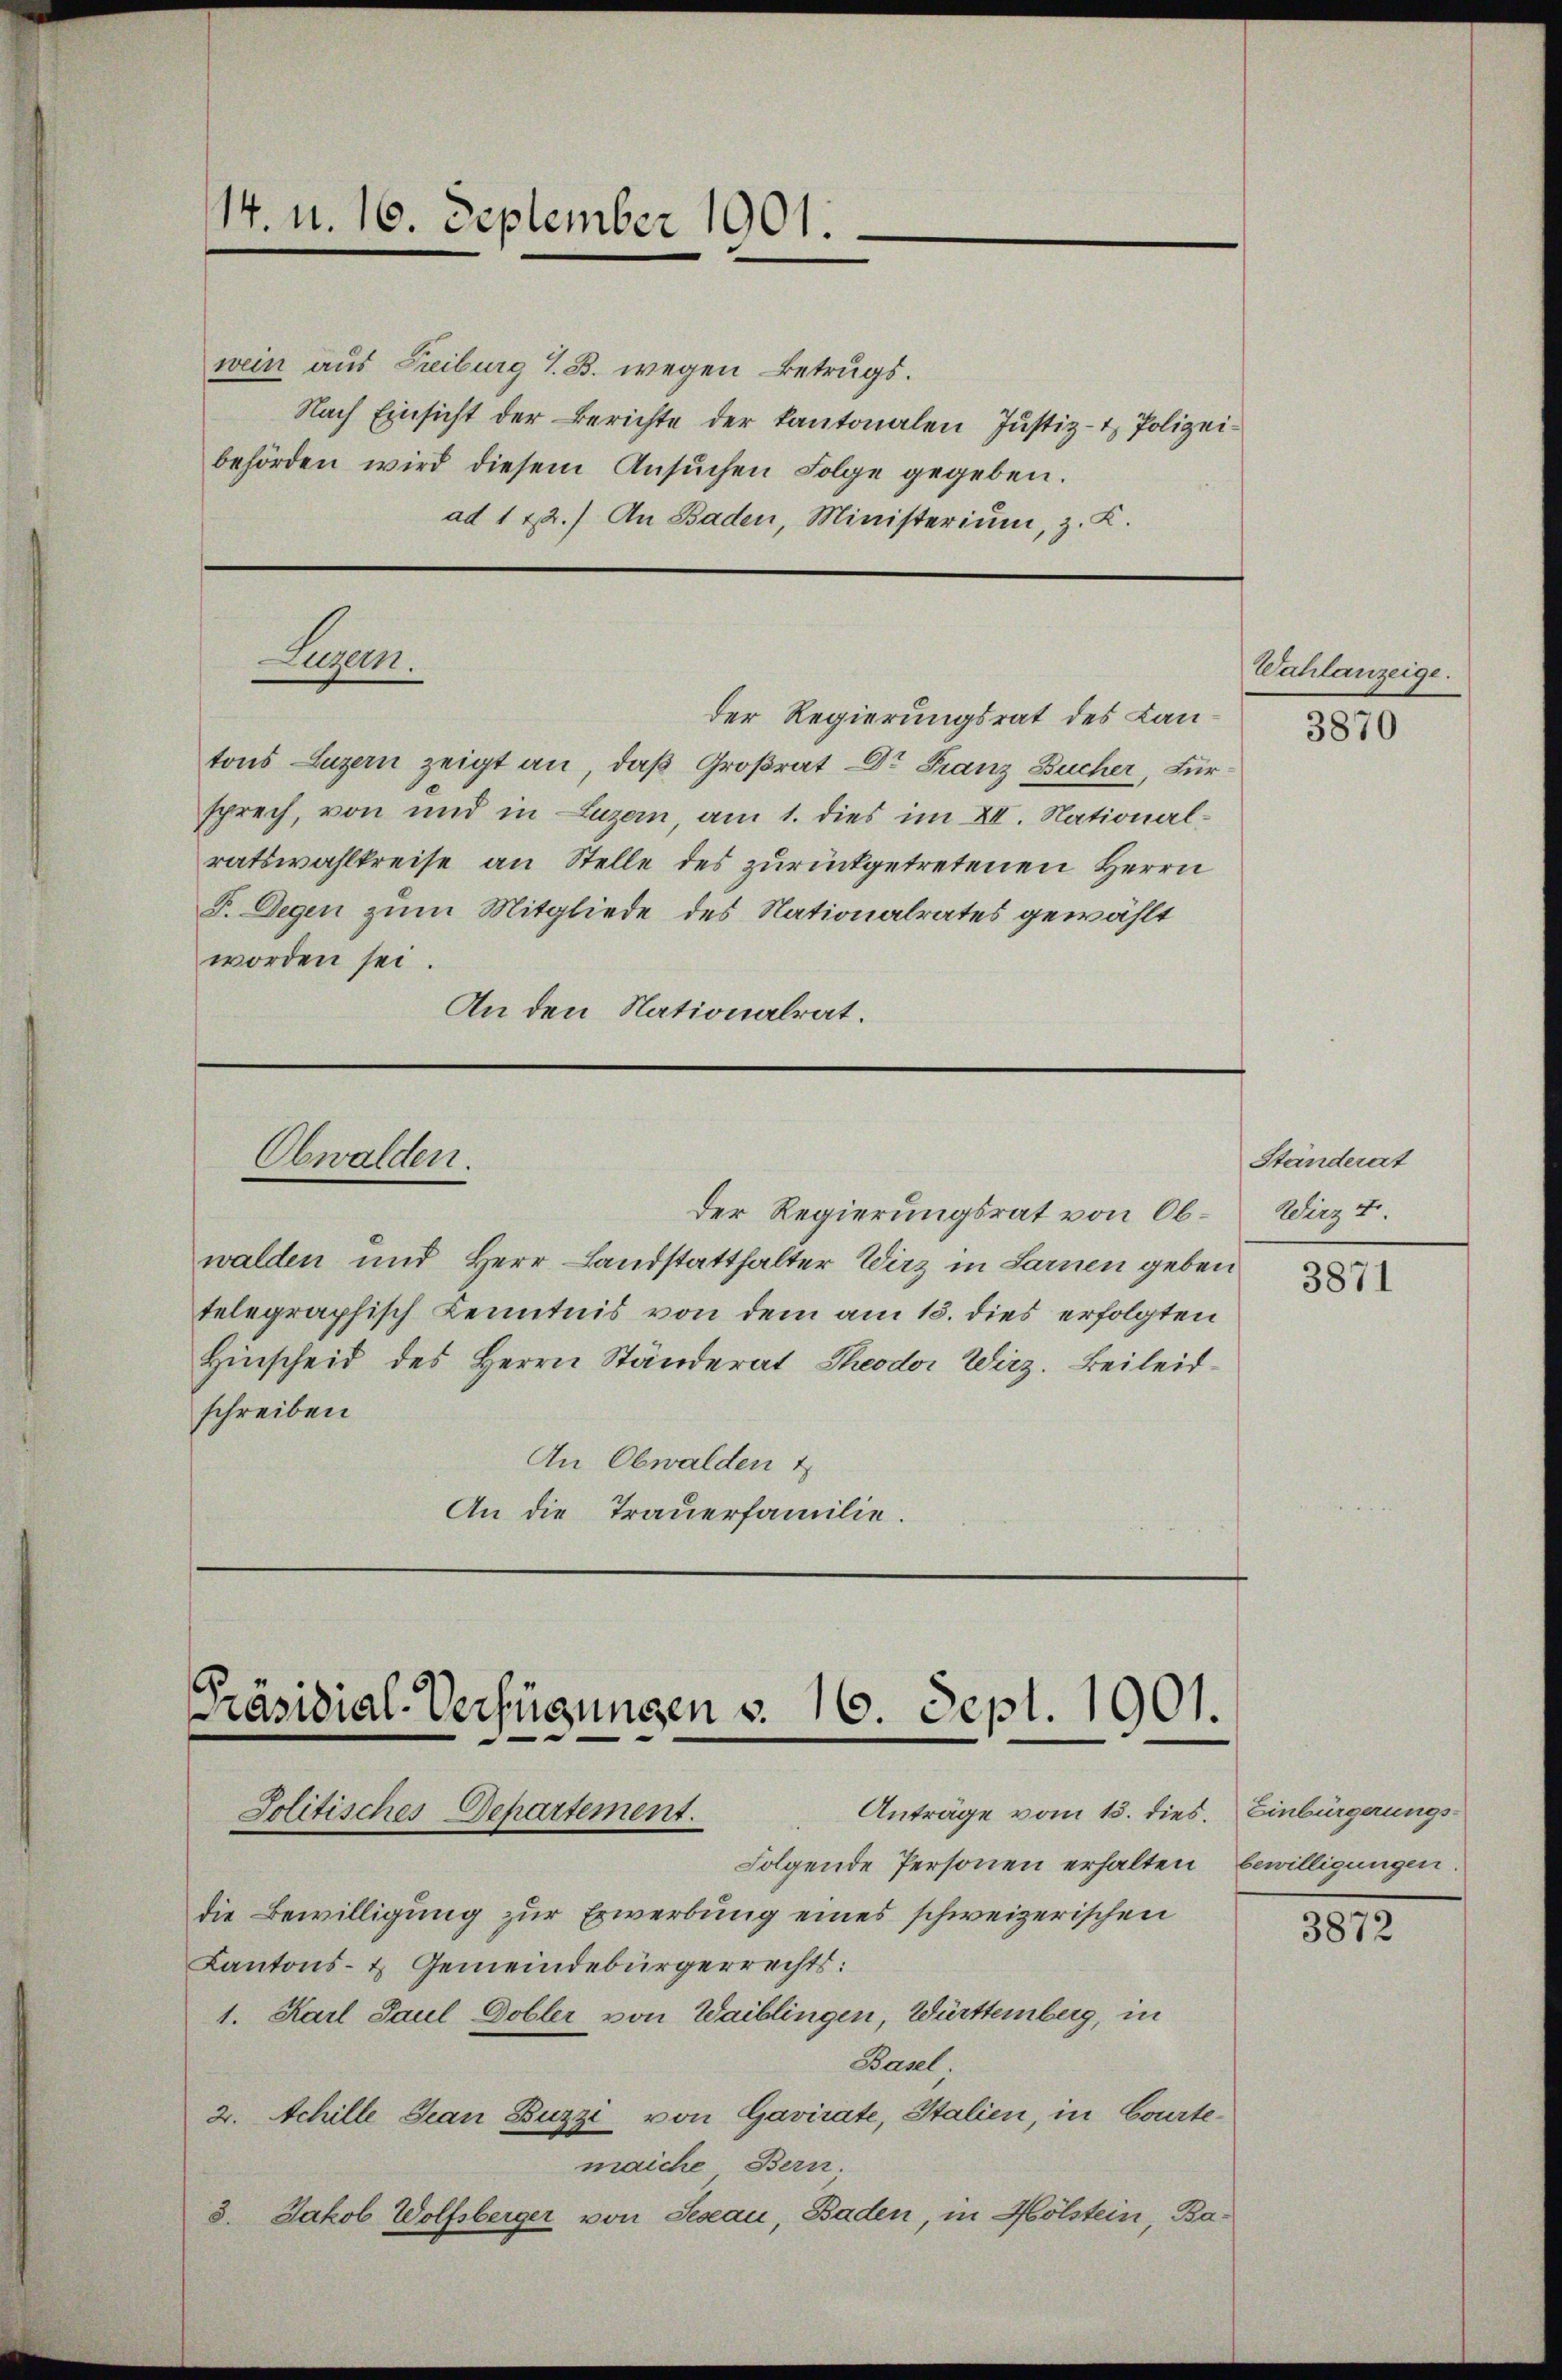
14. d. 16. September 1901.

wein aus Freiburg S. B. wegen Betrugs.
Nach Einsicht der Berichte der Kantonalen Justiz- & Polizeibehörden wird diesem Ansŭchen Folge gegeben.
ad 122.) An Baden, Ministerium, z. K.

Luzern.

der Regierungsrat des Lantons Luzern zeigt an, daß Großrat Dr Franz Bucher, Für
sprech, von und in Luzern, am 1. dies im XII. National-
ratswahlkreise an Stelle des zurückgetretenen Herrn
F. Degen zum Mitgliede des Nationalrates gewählt
worden sei.
An den Nationalrat.

Obwalden.

Der Regierungsrat von Obwalden und Herr Landstatthalter Wirz in Sarnen geben
telegraphisch Kenntnis von dem am 15. dies erfolgten
Hinscheid des Herrn Ständerat Theodor Wirz. Beileidschreiben
An Obwalden 1
An die Trauerfamilie.

Präsidial-Verfügungen v. 160. Sept. 1901.
Anträge vom 13. dies. Einbürgerungs-
Jolitisches Departement.
Folgende Personen erhalten, bewilligungen

die Bewilligung zur Erwerbung eines schweizerischen
Kantons- & Gemeindebürgerrechts:
1. Karl Paul Dobler von Waiblingen, Württemberg, in
Basel.
2. Achille Jean Buzzi von Gavirate, Stalien, in Courtemaiche Bern.
3. Jakob Wolfsberger von Segau, Baden, in Hölstein, Ba¬

Wahlanzeige.

3870

Ständerat
Wirz 4.

3871

3872